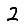
Digit: 2